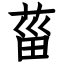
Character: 菑